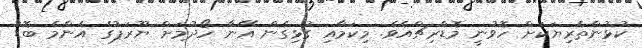
ކުޅުންތެރިޔަކަށް ހޮވުނީ މޮޑްރިޗްއެވެ. މިކަމާއި ގުޅިގެން އޭނާ ހޯދުމަށް ޔޫރަޕުގެ އެންމެ ބޮޑު